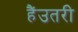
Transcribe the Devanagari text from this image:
हैंउतरी